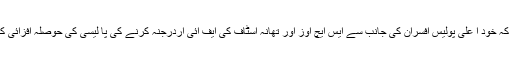
معلوم ہوا ہے کہ خود ا علی پولیس افسران کی جانب سے ایس ایچ اوز اور تھانہ اسٹاف کی ایف آئی آردرجنہ کرنے کی پا لیسی کی حوصلہ افزائی کی جاتی ہے ۔